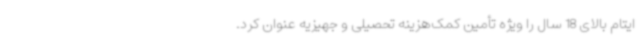
ایتام بالای 18 سال را ویژه تأمین کمک‌هزینه تحصیلی و جهیزیه عنوان کرد.